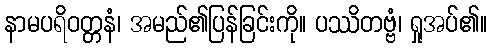
နာမပရိဝတ္တနံ၊ အမည်၏ပြန်ခြင်းကို။ ပဿိတဗ္ဗံ၊ ရှုအပ်၏။